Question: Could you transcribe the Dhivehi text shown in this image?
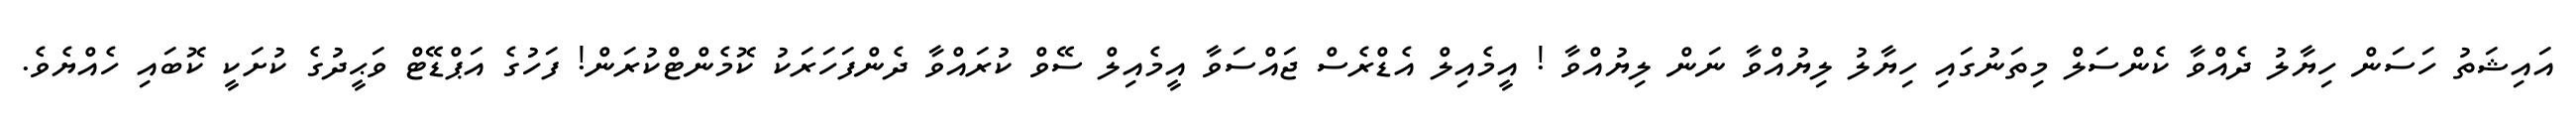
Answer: އައިޝަތު ހަސަން ހިޔާލު ދެއްވާ ކެންސަލް މިތަނުގައި ހިޔާލު ލިޔުއްވާ ނަން ލިޔުއްވާ ! އީމެއިލް އެޑްރެސް ޖައްސަވާ އީމެއިލް ސޭވް ކުރައްވާ ދެންފަހަރަކު ކޮމެންޓްކުރަން! ފަހުގެ އަޕްޑޭޓް ވަޙީދުގެ ކުށަކީ ކޮބައި ހެއްޔެވެ.